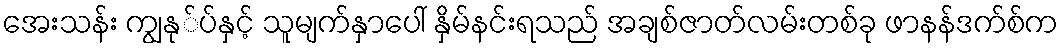
အေးသန်း ကျွနု်ပ်နှင့် သူမျက်နှာပေါ် နှိမ်နင်းရသည် အချစ်ဇာတ်လမ်းတစ်ခု ဖာနန်ဒက်စ်က